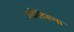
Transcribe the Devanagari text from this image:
ज्योतिरूपा